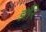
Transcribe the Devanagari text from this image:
झौरे